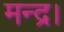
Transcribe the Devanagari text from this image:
मन्द्र।